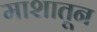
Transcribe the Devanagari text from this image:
माशातून